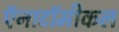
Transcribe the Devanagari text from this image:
ऍनाटॉमीकल